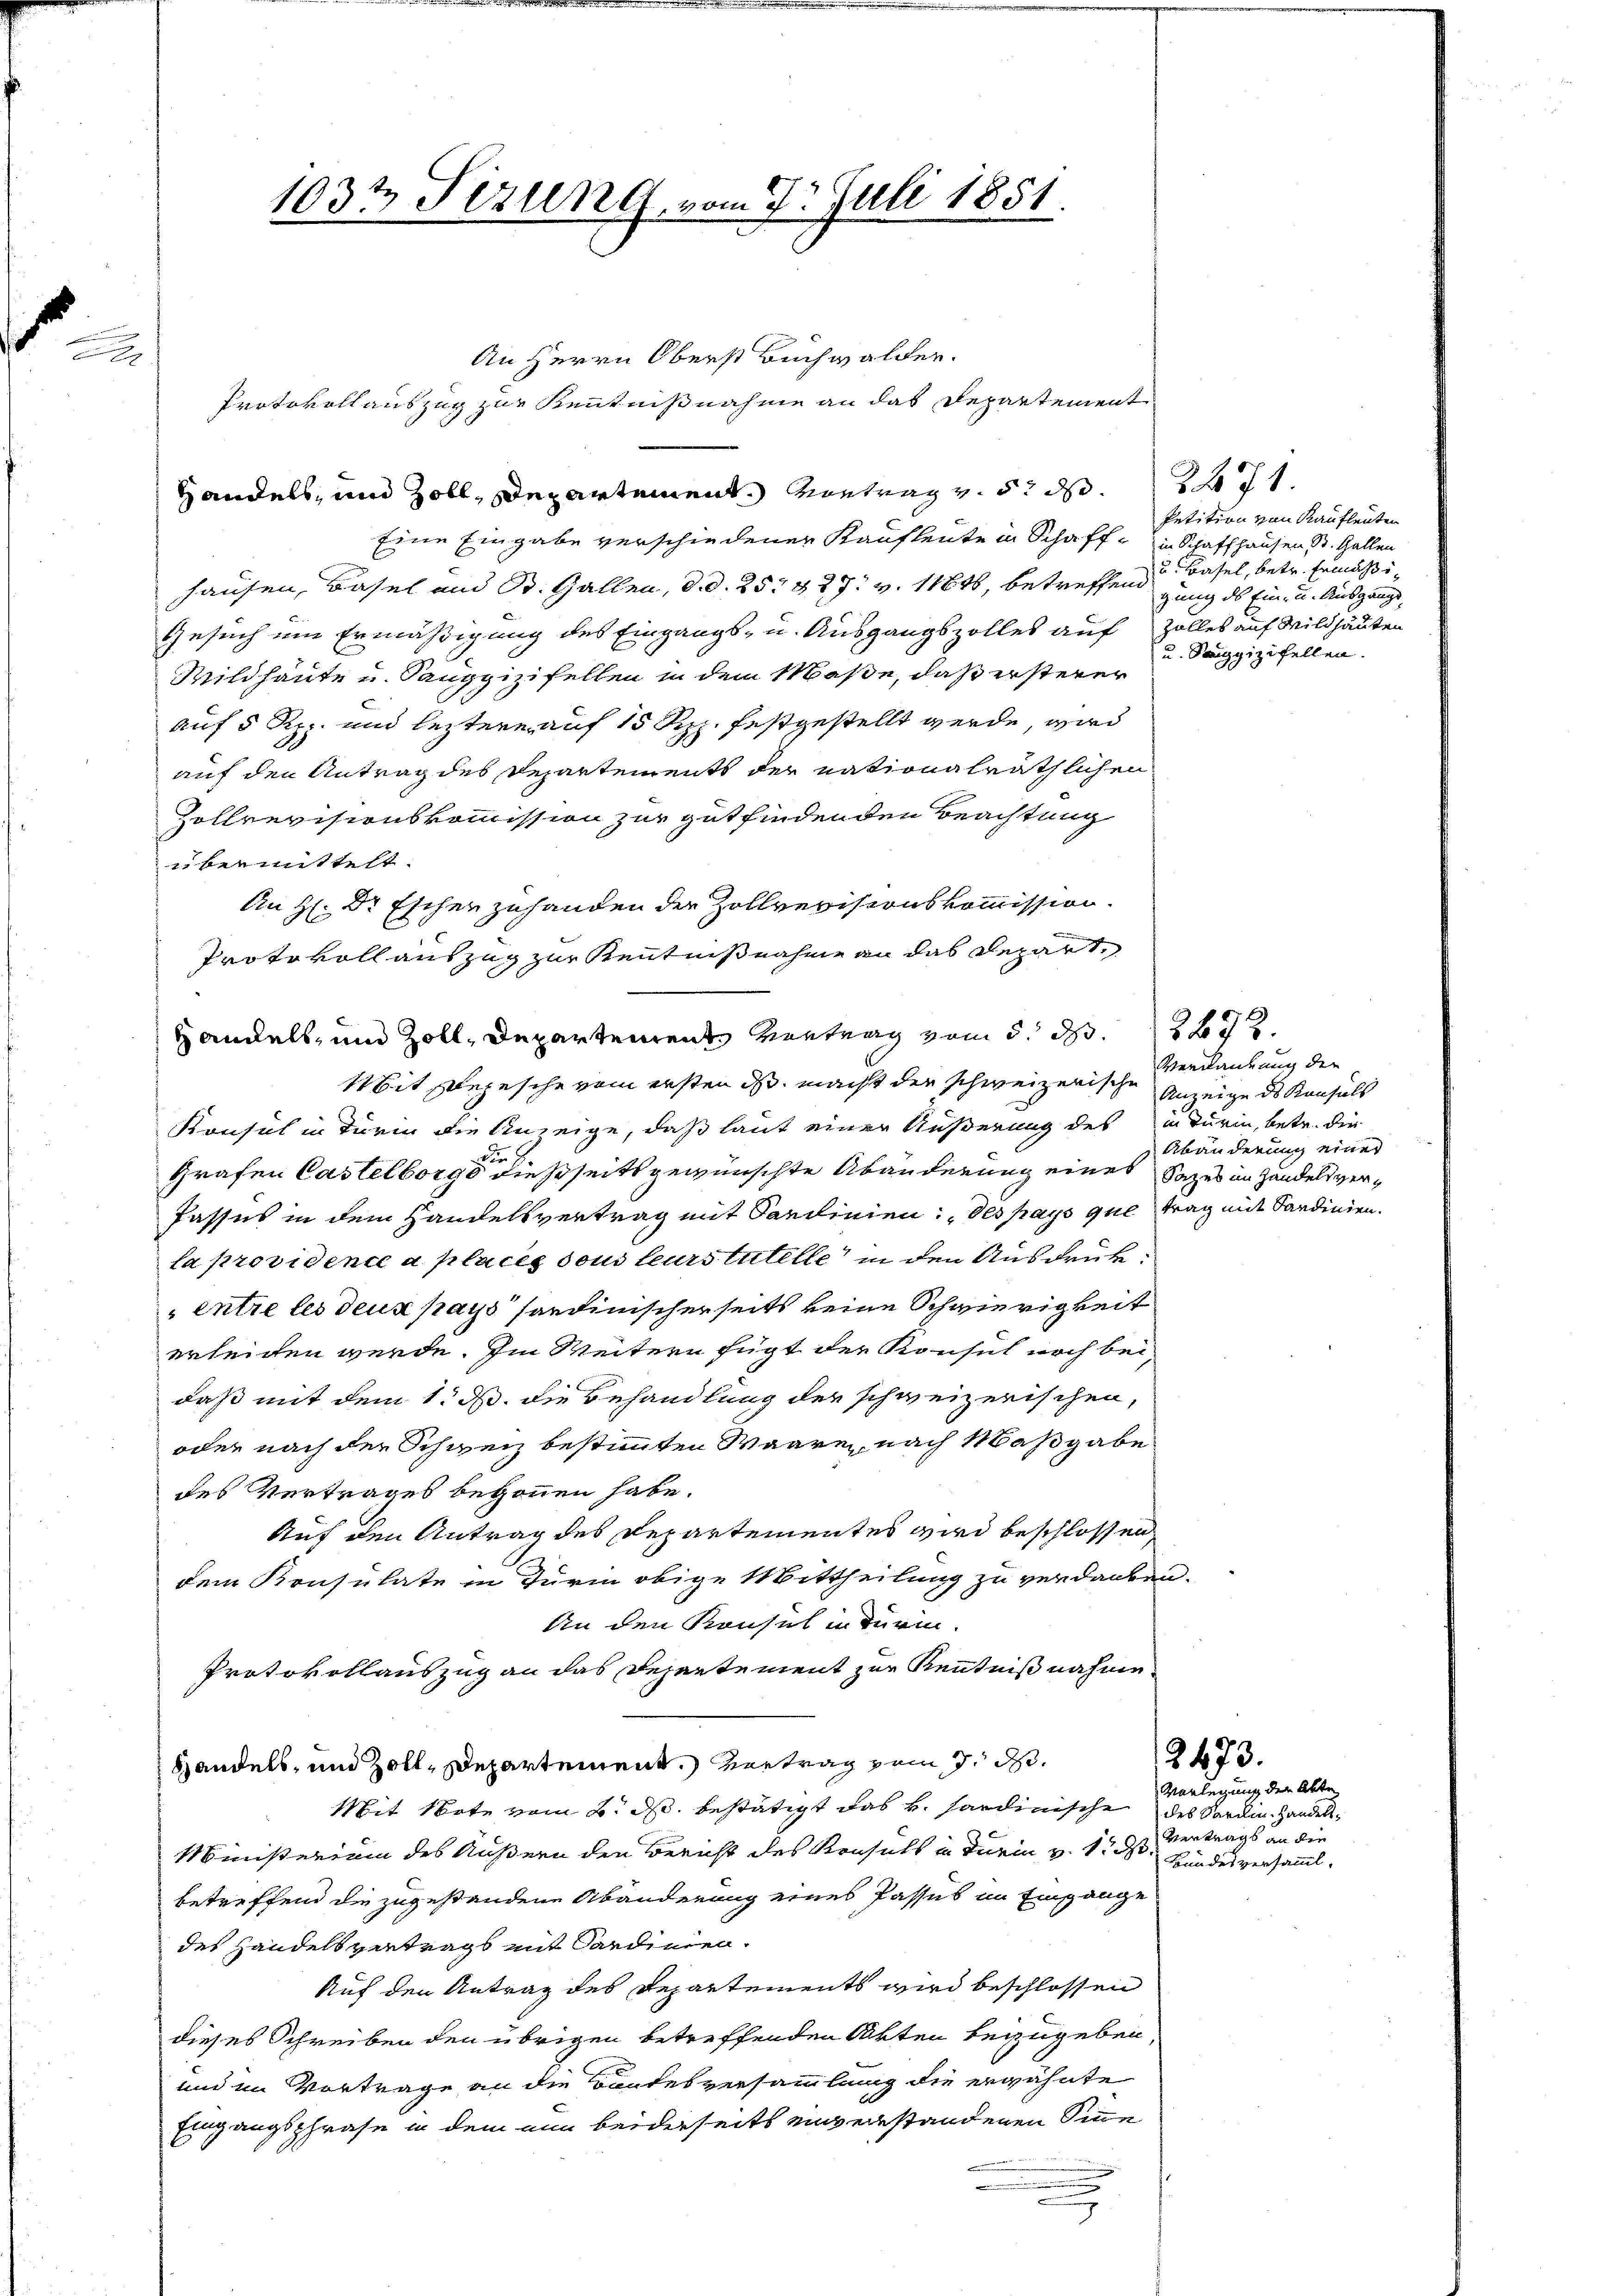
b

1032 Sizung vom 7. Juli 1851.

An Herrn Oberst Buchwalden.
Protokollauszug zur Kenntnißnahme an das Departement
Eine Eingabe verschiedener Kaufleute in Schaff, in Schaffhausen d. Gallen
hausen, Basel und St. Gallen, d. d. 257 & 27. v. 11846, betreffend
Gesuch um Ermäßigung des Eingangs- u. Ausgangszolles auf Zolles auf Wildhauten
Wildhaute u. Sauggizisellen in dem Maße, daß ersterer
auf 5 Rpp. und leztere auf 15 Rp. festgestellt werde, wird
auf den Antrag des Departements der nationalräthlichen
Zollrevisionskommission zur gutfindenden Beachtung
bermittelt.
An H: Dr Eschen zuhanden der Zollrevisionskommission.
Protokoll auszug zur Kenntnißnahme an das Repart,
Mit Depesche vom ersten ds macht der schweizerische Anzeige des Konsuls
Konsul in Turin die Anzeige, daß laut einer Äußerung des in Turin, betr. die
d
Grafen Castelborge dießseits gewünschte Abänderung eines Satzes in Handelsver¬
Passus in dem Handelsvertrag mit Sardinien des pays que trag mit Sardinien.
la providence a places dous leurs tutelle in den Ausdruck:
entre les deux pays sandinischerseits keine Schwierigkeit
erleichen werde. Im Weitern fügt der Konsul noch bei,
daß mit dem 1. d. die Behandlung der schweizerischen,
oder nach der Schweiz bestimmten Waare, nach Maßgabe
des Vertrages begonnen habe.
Auf den Antrag des Departementes wird beschlossen,
dem Konsulate in Turin obige Mittheilung zu verdanken.
An den Konsul in Turin
Protokollauszug an das Departement zur Kenntnißnahme
Handels, und Zoll, Departement. Vertrag vom 7. d.
Mit Note vom 2. d. bestätigt das v. Sardinische des Sardin. Handel¬
Ministerium des Äußern den Bericht des Konsuls in Turin v. 1. d
betreffend die zugestandene Abänderung eines Passus im Eingange
des Handelsvertrags mit Sardinien.
Auf den Antrag des Departements wird beschlossen
dieses Schreiben den übrigen betreffenden Akten beizugeben,
und im Vortrage an die Bandesversammlung die erwähnte
Eingangsphrase in dem nun beiderseits einverstandenen Sinne
s

Handels, und Zoll, Departement. Montrag v. 5. d. 271.

Handels- und Zoll, Departement Vertrag vom 5. d. 267

Petition von Kaufleuten
u Basel, betr. Ermäßigung des Ein- u. Ausgangs¬
u. Sagizifellen.

Verdankung der
Abänderung einer

2473.

Vorlegung der Abte
Vertrags an die
Bundesversamml.